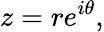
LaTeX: z=re^{i\theta},